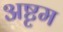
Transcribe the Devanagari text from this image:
अष्टृम